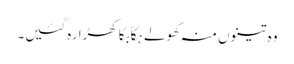
وہ تینوں منہ کھولے ہکاّ بکا کھڑا رہ گئیں۔